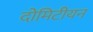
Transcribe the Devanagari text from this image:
दोमिटीयन